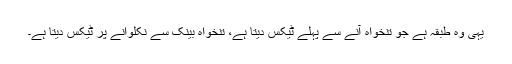
یہی وہ طبقہ ہے جو تنخواہ آنے سے پہلے ٹیکس دیتا ہے، تنخواہ بینک سے نکلوانے پر ٹیکس دیتا ہے۔